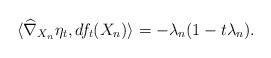
LaTeX: \begin{align*} \langle \widehat{\nabla}_{X_{n}}\eta_{t},df_{t}(X_{n}) \rangle=-\lambda_{n}(1-t\lambda_{n}).\end{align*}